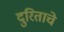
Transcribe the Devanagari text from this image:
दुरिताचे